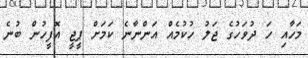
މަހާއި ހަ ދުވަހުގެ ޖަލު ހުކުމެއް އަންނާނެ ކަމަށް ޕީޖީ އޮފީހުން ބުނެ